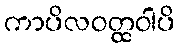
ကာပိလဝတ္ထဝါပိ